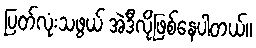
ပြတ်လုံးသဖွယ် အဲဒီလိုဖြစ်နေပါတယ်။